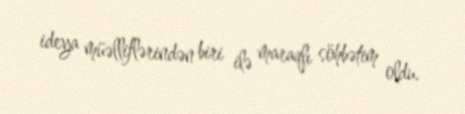
ideya müəlliflərindən biri ilə maraqlı söhbətim oldu.